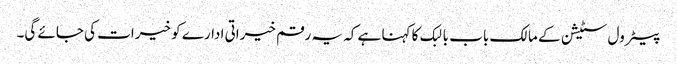
پیٹرول سٹیشن کے مالک باب بالبک کا کہنا ہے کہ یہ رقم خیراتی ادارے کو خیرات کی جائے گی۔